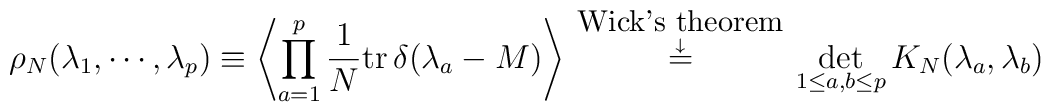
\rho_N(\lambda_1,\cdots,\lambda_p)\equiv\left\langle \prod_{a=1}^p \frac{1}{N} {\rm tr}\, \delta (\lambda_a-M)\right\rangle\stackrel{\mbox{\small Wick's theorem} \atop {\downarrow}}{=}\det_{1\leq a,b \leq p} K_N(\lambda_a,\lambda_b)